Report on vaccination in Madras 1904-1921 - 1904-1921
Year: 1904
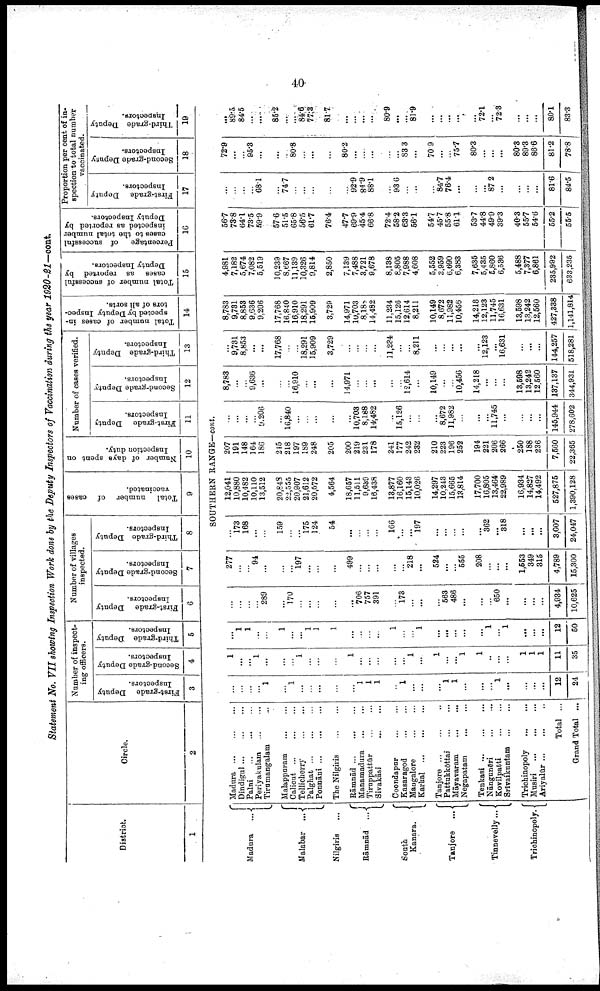
40
Statement No. VII showing Inspection Work done by the Deputy Inspectors of Vaccination during the year 1920-21—cont.
District.
1
Madura
...
Malabar
...
Nilgiris ...
Rāmnād
...
South
Kanara.
Tanjore
...
Tinnevelly ...
Trichinopoly.
Circle.
2
Number of inspect
ing officers.
First-grade Deputy
Inspectors.
3
Second-grade Deputy
Inspectors.
4
Third-grade Deputy
Inspectors.
5
Number of villages
inspected.
First-grade Deputy
Inspectors.
6
Second-grade Deputy
Inspectors.
7
Third-grade Deputy
Inspectors.
8
Total number of cases
vaccinated.
9
Number of days spent on
Inspection duty.
10
Number of cases verified.
First-grade Deputy
Inspectors.
11
Second-grade Deputy
Inspectors.
12
Third-grade Deputy
Inspectors.
13
Total number of cases in
spected by Deputy Inspec
tors of all sorts.
14
Total number of successful
cases as reported by
Deputy Inspectors.
15
Percentage
of successful
cases to the total number
inspected as reported by
Deputy Inspectors.
16
Proportion per cent of in
spection to total number
vaccinated.
First-grade Deputy
Inspectors.
17
Second-grade Deputy
Inspectors.
18
Third-grade Deputy
Inspectors.
19
SOUTHERN RANGE—cont.
Madura
...
...
...
Dindigul
...
...
...
Palni
...
...
...
Periyakulam
...
...
Tirumangalam ...
Malappuram
...
...
Calicut
...
...
...
Tellicherry
...
...
Palghat
...
...
...
Ponnāni
...
...
...
The Nilgiris
...
...
Rāmnād
...
...
...
Manamadura
...
...
Tiruppattūr
...
...
Sivakāsi
...
...
Coondapur
...
...
Kasaragod
...
...
Mangalore
...
...
Karkal
...
...
...
Tanjore ... ... ...
Pattukkōttai
...
...
Māyavaram ... ...
Negapatam
...
...
Tenkasi
...
...
...
Nāngunēri
...
...
Kovilpatti
...
...
Srīvaikuntam ... ...
Trichinopoly
...
...
Musiri
...
...
...
Ariyalūr ... ... ...
Total ...
Grand Total ...
...
...
...
...
1
...
1
...
...
...
...
...
1
1
1
...
1
...
...
...
1
1
...
...
...
1
...
...
...
...
12
24
1
...
...
1
...
...
...
1
...
...
...
1
...
...
...
...
...
1
...
1
...
...
1
1
...
...
...
1
1
1
11
35
...
1
1
...
...
1
...
...
1
1
1
...
...
...
...
1
...
...
1
...
...
...
...
...
1
...
1
...
...
...
12
50
...
...
...
...
289
...
170
...
...
...
...
...
706
757
391
...
173
...
...
...
563
486
...
...
...
650
...
...
...
...
4,934
10,625
277
...
...
94
...
...
...
197
...
...
...
499
...
...
...
...
...
218
...
524
...
...
555
208
...
...
...
1,553
349
315
4,789
15,300
...
173
168
...
...
159
...
...
175
124
54
...
...
...
...
166
...
...
197
...
...
...
...
...
362
...
318
...
...
...
3,007
24,047
12,041
10,880
10,482
10,110
13,512
20,848
22,555
20,907
21,612
20,572
4,564
18,657
11,511
9,639
16,438
13,877
16,160
15,143
10,026
14,297
10,243
15,665
13,814
17,700
16,805
13,464
22,989
16,934
14,827
14,492
527,875
1,390,128
207
191
148
164
186
245
218
197
189
248
205
200
219
231
178
241
177
242
232
210
223
196
252
194
221
206
266
250
188
236
7,560
22,365
...
...
...
...
9,206
...
16,840
...
...
...
...
...
10,703
8,188
14,482
...
15,126
...
...
...
8,672
11,982
...
...
...
11,745
...
...
...
...
145,944
278,602
8,783
...
...
9,636
...
...
...
16,910
...
...
...
14,971
...
...
...
...
...
12,614
...
10,149
...
...
10,456
14,218
...
...
...
13,598
13,242
12,560
137,137
344,931
...
9,731
8,853
...
...
17,768
...
...
18,291
15,909
3,729
...
...
...
...
11,234
...
...
8,211
...
...
...
...
...
12,123
...
16,631
...
...
...
144,257
518,281
8,783
9,731
8,853
9,636
9,206
17,768
16,840
16,910
18,291
15,909
3,729
14,971
10,703
8,188
14,482
11,234
15,126
12,614
8,211
10,149
8,672
11,982
10,456
14,218
12,123
11,745
16,631
13,598
13,242
12,560
427,338
1,141,814
4,981
7,182
5,674
7,082
5,519
10,239
8,667
11,139
10,326
9,814
2,850
7,139
7,488
3,721
9,678
8,138
8,805
7,988
4,608
5,552
3,959
6,690
6,383
7,635
5,435
5,860
6,536
5,488
7,377
6,861
235,992
633,235
56.7
73.8
64.1
73.5
59.9
57.6
51.5
65.8
56.5
61.7
76.4
47.7
69.9
45.4
66.8
72.4
58.2
63.3
56.1
54.7
45.7
55.8
61.1
53.7
44.8
49.9
39.3
40.3
55.7
54.6
55.2
55.5
...
...
...
...
68.1
...
74.7
...
...
...
...
...
92.9
84.9
88.1
...
93.6
...
...
...
84.7
76.4
...
...
...
87.2
...
...
...
...
81.6
84.5
72.9
...
...
95.3
...
...
...
80.8
...
...
...
80.2
...
...
...
...
...
83.3
...
70.9
...
...
75.7
80.3
...
...
...
80.3
89.3
86.6
81.2
78.8
...
89.5
84.5
...
...
85.2
...
...
84.6
77.3
81.7
...
...
...
...
80.9
...
...
81.9
...
...
...
...
...
72.1
...
72.3
...
...
...
80.1
83.3